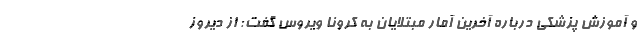
و آموزش پزشکی درباره آخرین آمار مبتلایان به کرونا ویروس گفت: از دیروز